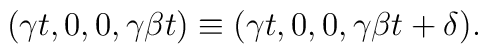
(\gamma t,0,0,\gamma\beta t) \equiv (\gamma t,0,0,\gamma\beta t + \delta).